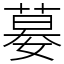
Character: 𡠜